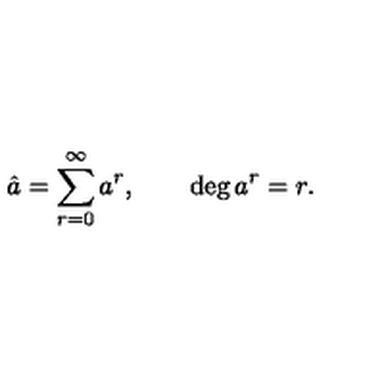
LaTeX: \hat { a } = \sum _ { r = 0 } ^ { \infty } a ^ { r } , \qquad \deg { a ^ { r } } = r .